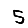
Digit: 5